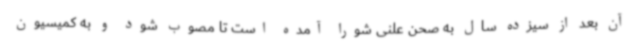
آن بعد از سیزده سال به صحن علنی شورا آمده است تا مصوب شود و به کمیسیون